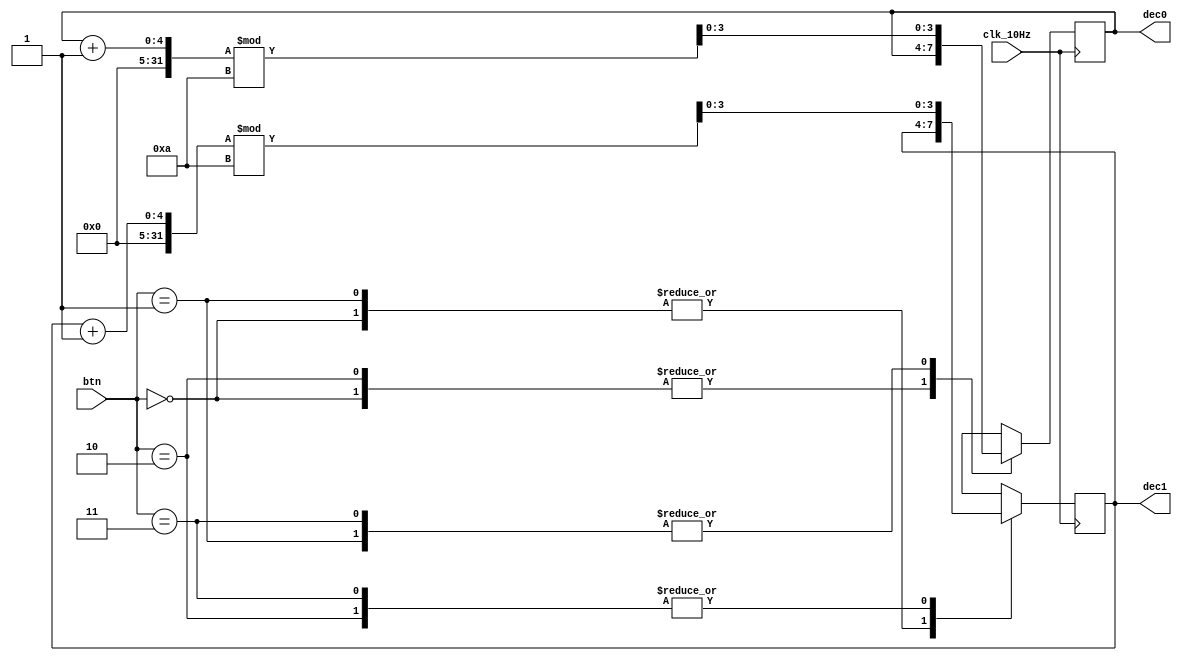
`timescale 1ns / 1ps
//////////////////////////////////////////////////////////////////////////////////
//  
// State Machines for Decoder control
// 
//////////////////////////////////////////////////////////////////////////////////

//State Machine for Button Controller
module state_machine_w_btn(
    clk_10Hz,   //|<i
    btn,        //|<i
    dec0,       //|>o
    dec1        //|>o
);

input clk_10Hz;
input [1:0] btn;
output reg [3:0] dec0;
output reg [3:0] dec1;

initial begin
    dec0<=0;
    dec1<=0;
end

always @(posedge clk_10Hz ) begin
    case (btn)
        0   :   begin dec0<=dec0; dec1<=dec1; end 
        1   :   begin dec0<=(dec0+1)%10; dec1<=dec1; end 
        2   :   begin dec0<=dec0; dec1<=(dec1+1)%10; end 
        3   :   begin dec0<=(dec0+1)%10; dec1<=(dec1+1)%10; end 
        default: begin dec0<=dec0; dec1<=dec1; end 
    endcase
end

endmodule

//State Machine for Clock Controller
module state_machine_w_clk(
    clk_10Hz,   //|<i
    dec0,       //|>o
    dec1        //|>o
);

input clk_10Hz;
output reg [3:0] dec0;
output reg [3:0] dec1;

initial begin
    dec0<=0;
    dec1<=0;
end

always @(posedge clk_10Hz ) begin
    if(dec0==9) begin
        if(dec1==9) begin
            dec1<=0;
        end
        else begin
            dec1<=dec1+1;
        end
        dec0<=0;  
    end
    else begin
        dec0<=dec0+1;
    end
end

endmodule